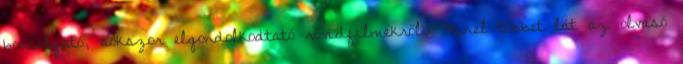
boncolgató, sokszor elgondolkodtató rövidfilmekről. Minél többet lát az olvasó